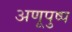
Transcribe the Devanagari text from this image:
अणूपुष्प